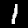
Label: 1